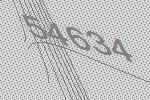
54634